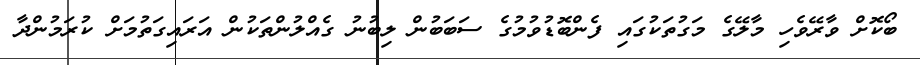
ބޯކޮށް ވާރޭވެހި މާލޭގެ މަގުތަކުގައި ފެންބޮޑުވުމުގެ ސަބަބުން ލިބުނު ގެއްލުންތަކުން އަރައިގަތުމަށް ކުރަމުންދާ